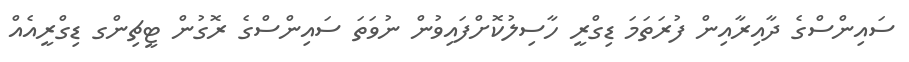
ސައިންސްގެ ދާއިރާއިން ފުރަތަމަ ޑިގްރީ ހާސިލުކޮށްފައިވުން ނުވަތަ ސައިންސްގެ ރޮގުން ޓީޗިންގ ޑިގްރީއެއް